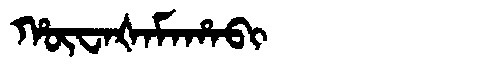
Manchu: ᡥᡡᠸᠠᡧᠠᠮᠠᡥᠠᠪᡳ
Romanization: HŪWAŠAMAHABI